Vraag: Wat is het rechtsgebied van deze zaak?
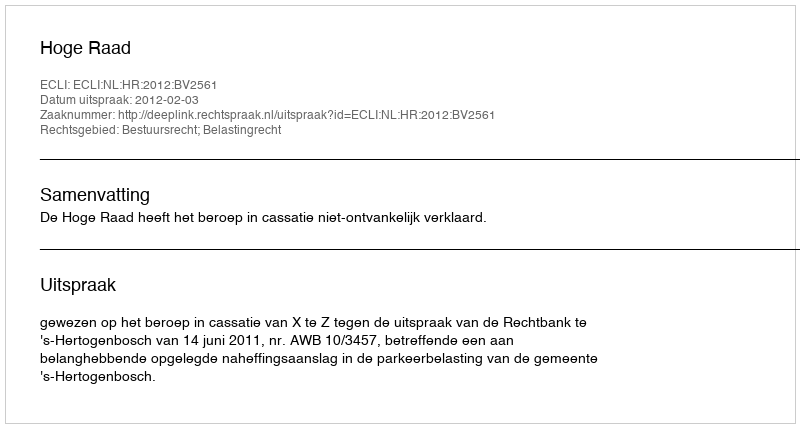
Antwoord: Bestuursrecht; Belastingrecht